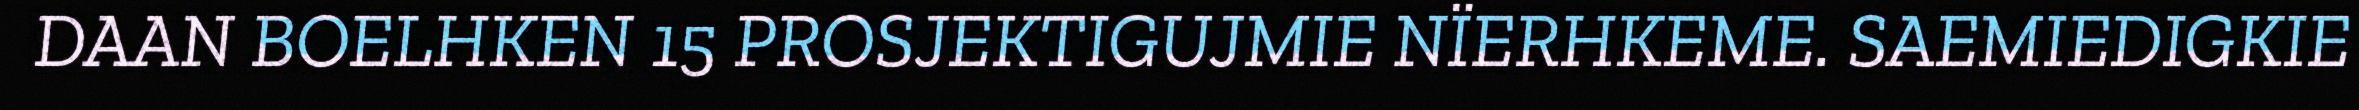
DAAN BOELHKEN 15 PROSJEKTIGUJMIE NÏERHKEME. SAEMIEDIGKIE